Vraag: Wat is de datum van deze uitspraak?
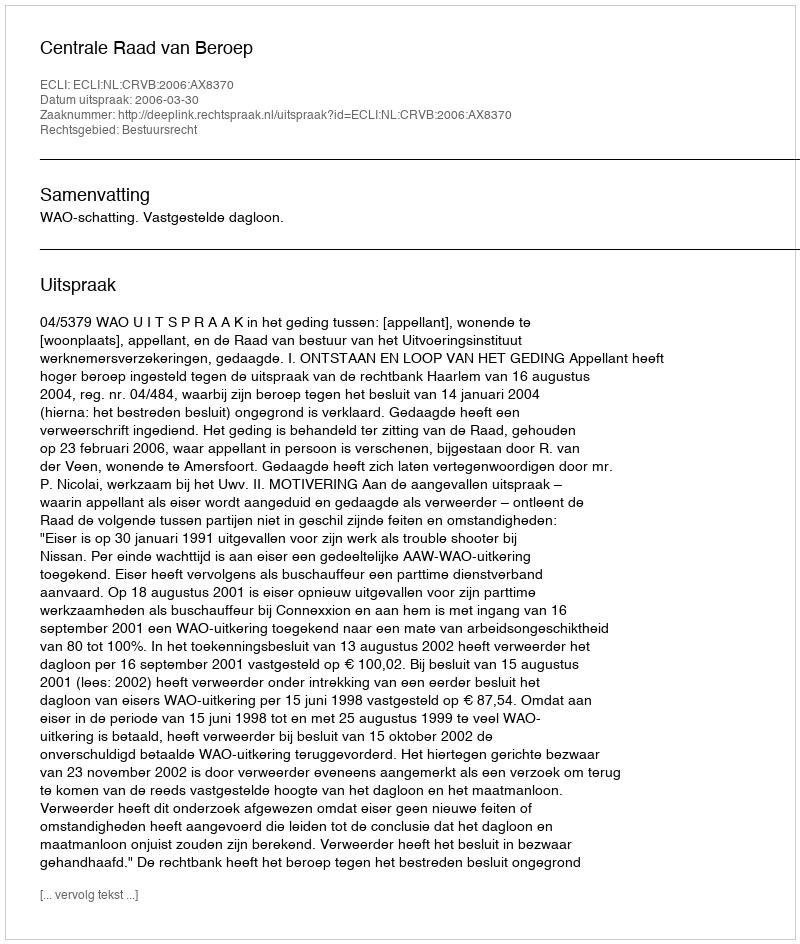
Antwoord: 2006-03-30